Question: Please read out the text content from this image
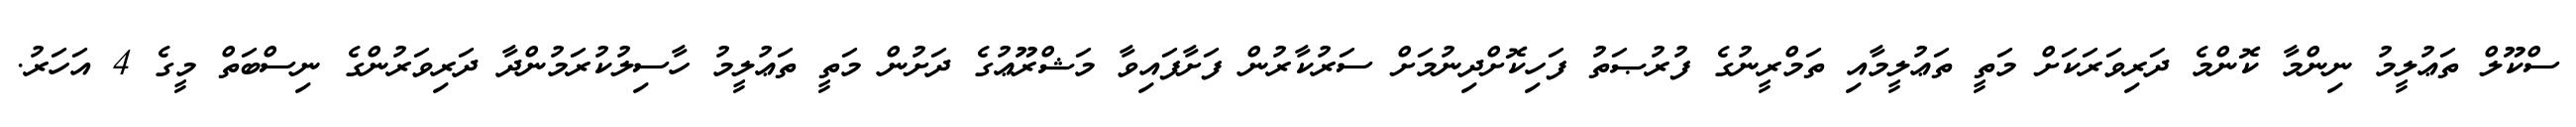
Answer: ސްކޫލް ތަޢުލީމު ނިންމާ ކޮންމެ ދަރިވަރަކަށް މަތީ ތަޢުލީމާއި ތަމްރީނުގެ ފުރުޞަތު ފަހިކޮށްދިނުމަށް ސަރުކާރުން ފަށާފައިވާ މަޝްރޫޢުގެ ދަށުން މަތީ ތަޢުލީމު ހާސިލުކުރަމުންދާ ދަރިވަރުންގެ ނިސްބަތް މީގެ 4 އަހަރު.